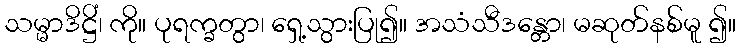
သမ္မာဒိဋ္ဌိံ၊ ကို။ ပုရက္ခတွာ၊ ရှေ့သွားပြု၍။ အသံသီဒန္တော၊ မဆုတ်နစ်မူ ၍။